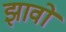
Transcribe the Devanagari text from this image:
झावो